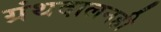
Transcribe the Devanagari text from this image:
ग्रंथदालनही